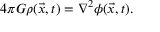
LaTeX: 4 \pi G \rho ( { \vec { x } } , t ) = \nabla ^ { 2 } \phi ( { \vec { x } } , t ) .